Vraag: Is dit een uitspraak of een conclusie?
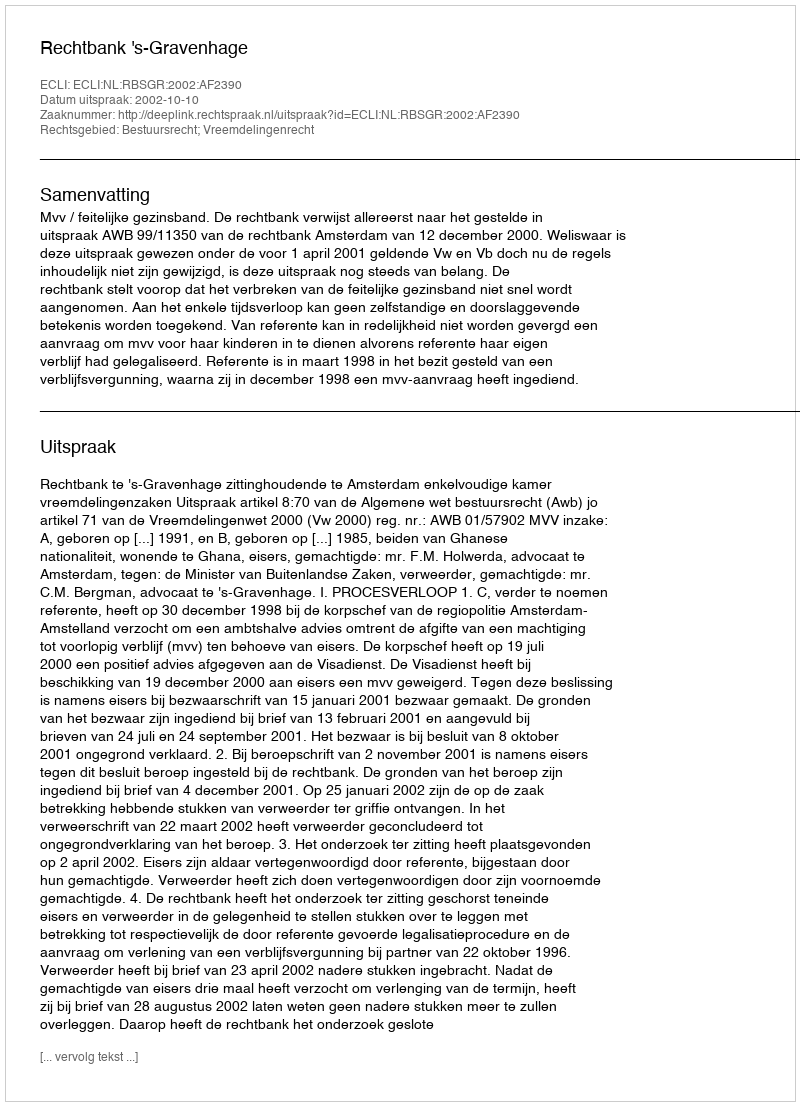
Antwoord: Uitspraak